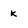
Character: k